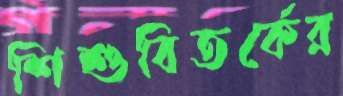
শিশুবিতর্কের